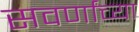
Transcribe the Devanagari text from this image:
सवर्णांच्या